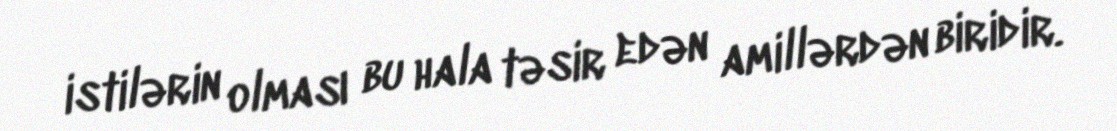
istilərin olması bu hala təsir edən amillərdən biridir.